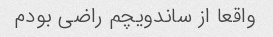
واقعا از ساندویچم راضى بودم